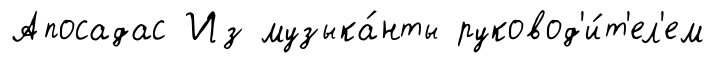
Апосадас Из музыка́нты руковод'и́т'ел'ем